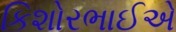
કિશોરભાઈએ